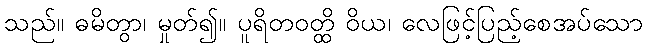
သည်။ ဓမိတွာ၊ မှုတ်၍။ ပူရိတဝတ္ထိ ဝိယ၊ လေဖြင့်ပြည့်စေအပ်သော